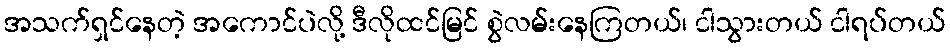
အသက်ရှင်နေတဲ့ အကောင်ပဲလို့ ဒီလိုထင်မြင် စွဲလမ်းနေကြတယ်၊ ငါသွားတယ် ငါရပ်တယ်